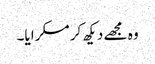
وہ مجھے دیکھ کر مسکرایا۔